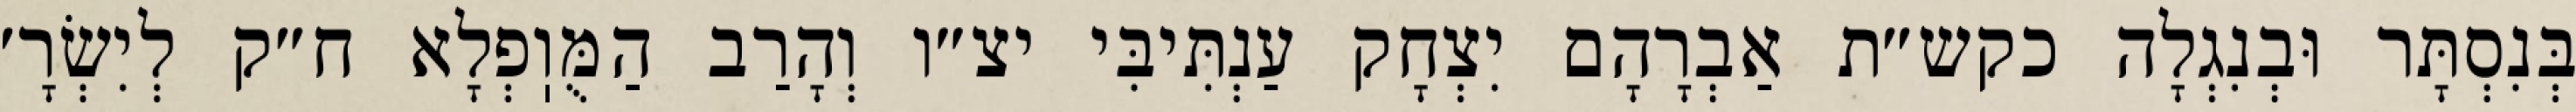
בְּנִסְתָּר וּבְנִגְלָה כקש״ת אַבְרָהָם יִצְחָק עַנְתִּיבִּי יצ״ו וְהָרַב הַמֻּוֽפְלָא ח״ק לְיִשְׂרָ׳